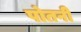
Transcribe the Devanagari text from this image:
पोतनी